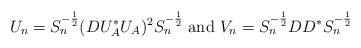
LaTeX: \begin{align*}U_n=S_n^{-\frac12}(DU_A^*U_A)^2S_n^{-\frac12}\ \mbox{and}\ V_n=S_n^{-\frac12}DD^*S_n^{-\frac12}\end{align*}